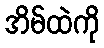
အိမ်ထဲကို